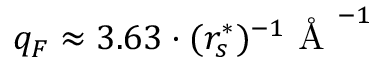
q _ { F } \approx 3 . 6 3 \cdot ( r _ { s } ^ { * } ) ^ { - 1 } \mathrm { ~ \AA ~ } ^ { - 1 }